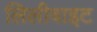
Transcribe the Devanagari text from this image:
लिलीवाइट